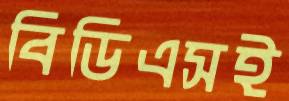
বিডিএসই